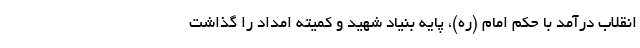
انقلاب درآمد با حکم امام (ره)، پایه بنیاد شهید و کمیته امداد را گذاشت